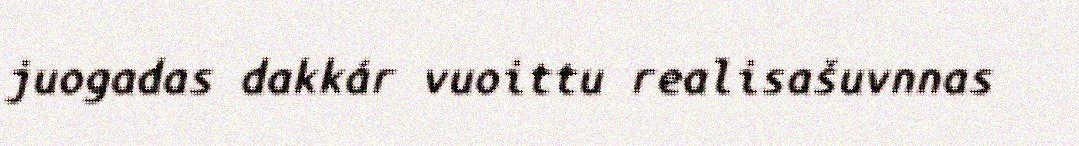
juogadas dakkár vuoittu realisašuvnnas